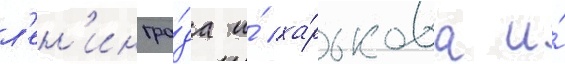
л'ен'ингра́да и́ ха́рькова и́